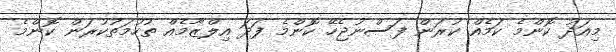
މިއަދު ކޮންމެ ކަމެއް ކުރަން ފަސްނުޖެހޭ ކޮންމެ ފަދަ އިލްޒާމެއް ތުހުމަތުކުރަން ކޮންމެ